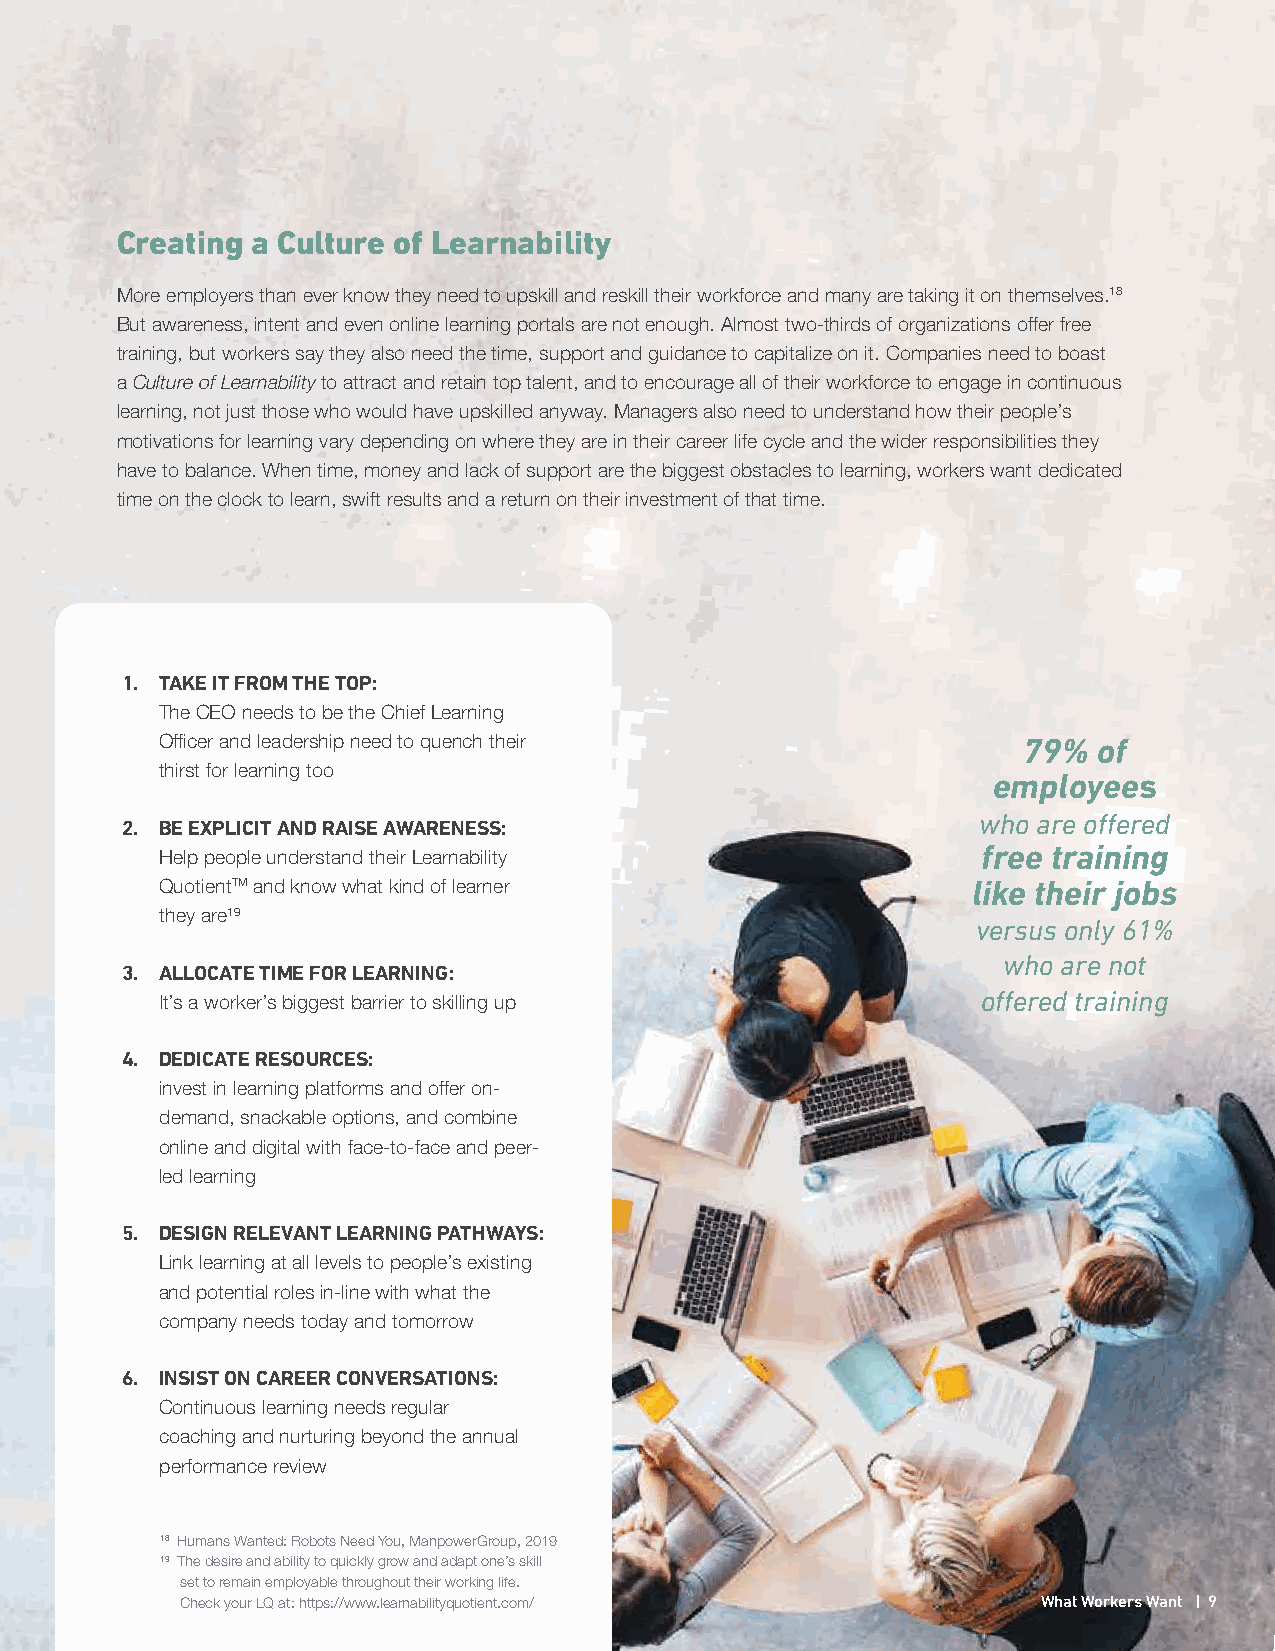
Creating a Culture of Learnability
 More employers than ever know they need to upskill and reskill their workforce and many are taking it on themselves.18
 But awareness, intent and even online learning portals are not enough. Almost two-thirds of organizations offer free
 training, but workers say they also need the time, support and guidance to capitalize on it. Companies need to boast
 a Culture of Learnability to attract and retain top talent, and to encourage all of their workforce to engage in continuous
 learning, not just those who would have upskilled anyway. Managers also need to understand how their people’s
 motivations for learning vary depending on where they are in their career life cycle and the wider responsibilities they
 have to balance. When time, money and lack of support are the biggest obstacles to learning, workers want dedicated
 time on the clock to learn, swift results and a return on their investment of that time.
 1. TAKE IT FROM THE TOP:
 The CEO needs to be the Chief Learning
 Officer and leadership need to quench their              79%  of
 thirst for learning too
 employees
 who are offered
 2. BE EXPLICIT AND RAISE AWARENESS:
 free training
 Help people understand their Learnability
 QuotientTM and know what kind of learner             like their jobs
 they are19
 versus only 61%
 who are not
 3. ALLOCATE TIME FOR LEARNING:
 It’s a worker’s biggest barrier to skilling up        offered training
 4. DEDICATE RESOURCES:
 invest in learning platforms and offer on-
 demand, snackable options, and combine
 online and digital with face-to-face and peer-
 led learning
 5. DESIGN RELEVANT LEARNING PATHWAYS:
 Link learning at all levels to people’s existing
 and potential roles in-line with what the
 company needs today and tomorrow
 6. INSIST ON CAREER CONVERSATIONS:
 Continuous learning needs regular
 coaching and nurturing beyond the annual
 performance review
 18 Humans Wanted: Robots Need You, ManpowerGroup, 2019
 19 The desire and ability to quickly grow and adapt one’s skill
 set to remain employable throughout their working life.
 Check your LQ at: https://www.learnabilityquotient.com/  What Workers Want | 9